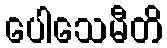
ပေါသေမီတိ